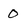
Character: O